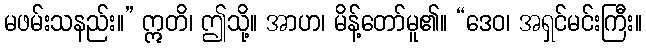
မဖမ်းသနည်း။” ဣတိ၊ ဤသို့။ အာဟ၊ မိန့်တော်မူ၏။ “ဒေဝ၊ အရှင်မင်းကြီး။